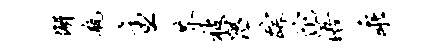
懈瓶主芥被隰踪沱浯乖